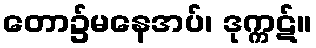
တော၌မနေအပ်၊ ဒုက္ကဋ်။